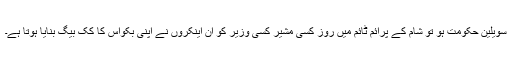
سویلین حکومت ہو تو شام کے پرائم ٹائم میں روز کسی مشیر کسی وزیر کو ان اینکروں نے اپنی بکواس کا کک بیگ بنایا ہوتا ہے۔